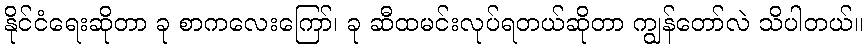
နိုင်ငံရေးဆိုတာ ခု စာကလေးကြော်၊ ခု ဆီထမင်းလုပ်ရတယ်ဆိုတာ ကျွန်တော်လဲ သိပါတယ်။